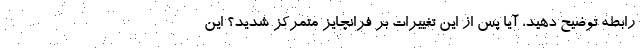
رابطه توضیح دهید، آیا پس از این تغییرات بر فرانچایز متمرکز شدید؟ این